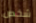
شخص